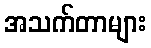
အသက်တာများ